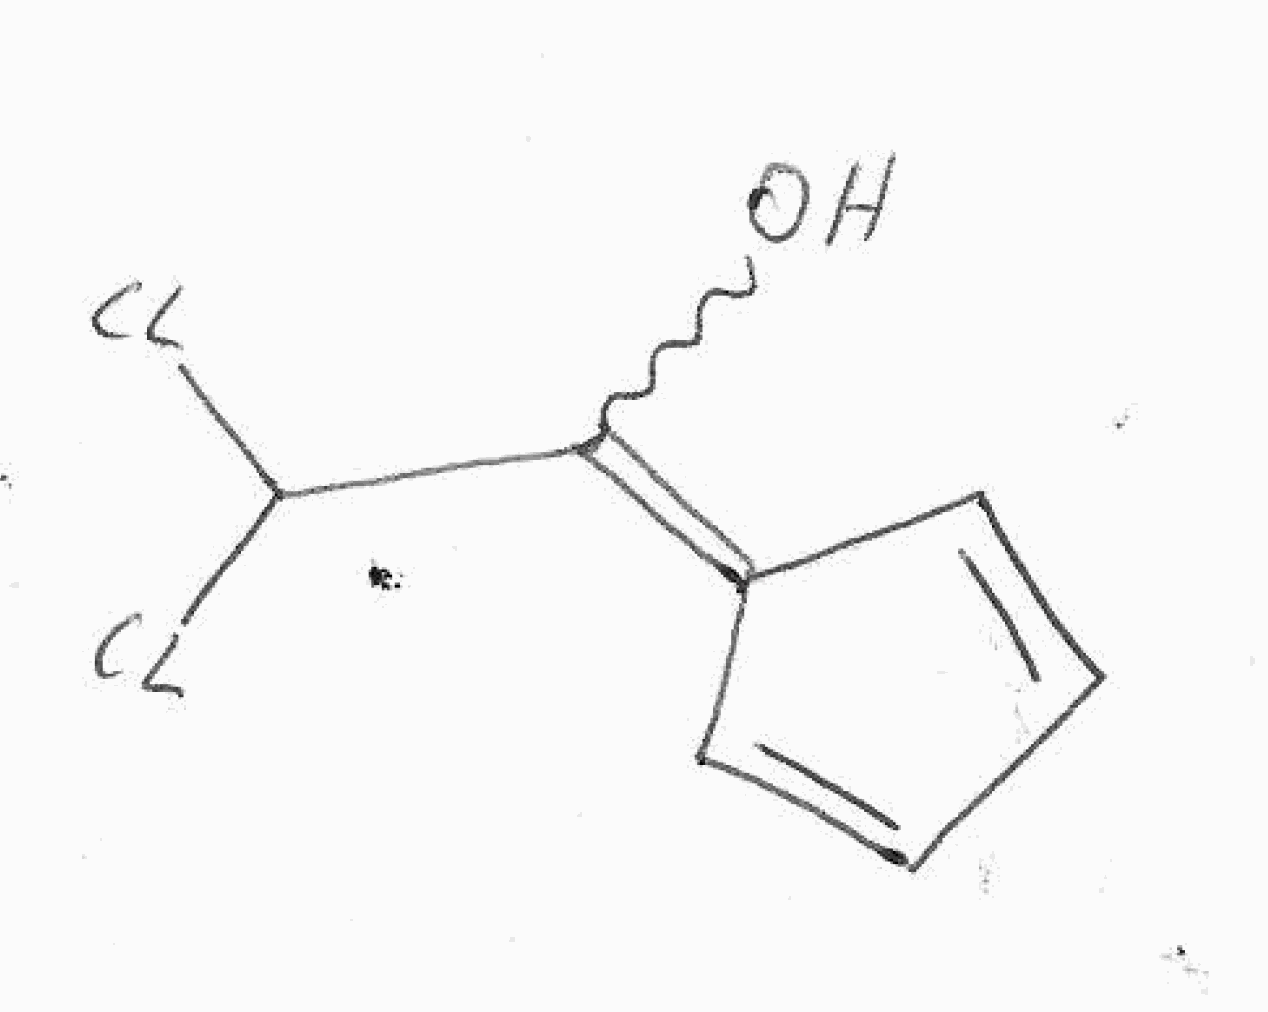
Simplified molecular-input line-entry system (SMILES) notation of the given molecule:
C1=CC(=C(C(Cl)Cl)O)C=C1